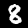
Label: 8